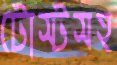
টোস্টসহ